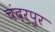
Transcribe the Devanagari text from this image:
चंदरपुर